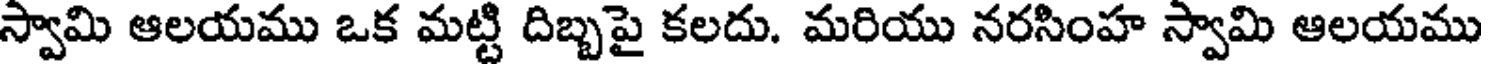
స్వామి ఆలయము ఒక మట్టి దిబ్బపై కలదు. మరియు నరసింహ స్వామి ఆలయము